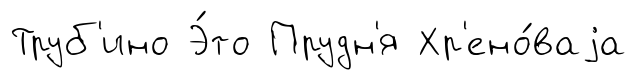
Труб'ино Э́то Прудн'я Хр'ено́ваjа